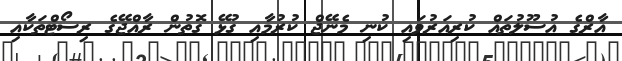
އާރްގެ އުސޫލުތައް ކުރިއަރުވައި ކުނި މެނޭޖް ކުރުމާއި ގުޅޭ ގޮތުން ރާއްޖޭގެ ރިސޯޓްތަކާއި